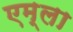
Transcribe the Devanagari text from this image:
एम्ला